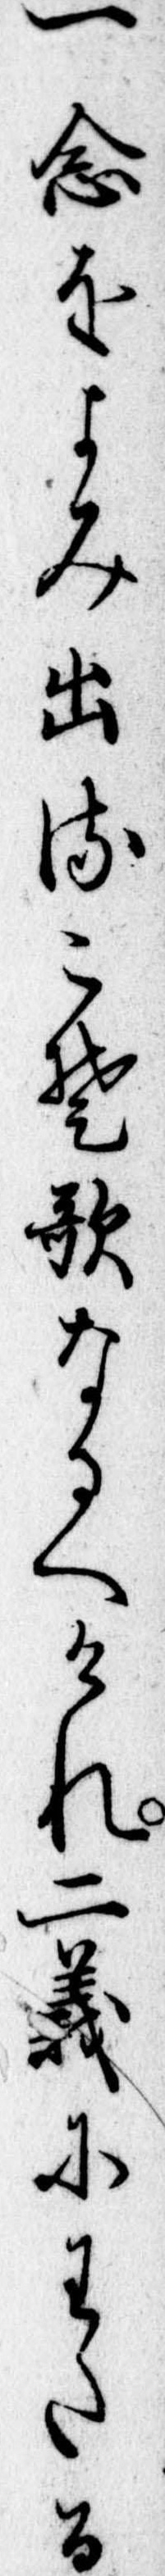
一念をよみ出るこそ歌なるへけれ二義にわたる